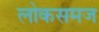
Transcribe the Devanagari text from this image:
लोकसमज